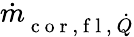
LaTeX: \dot{m}_{\mathrm{~c~o~r~,~f~l~,~}\dot{Q}}